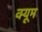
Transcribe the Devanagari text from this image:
क्यूम